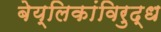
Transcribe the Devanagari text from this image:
बेय्लिकांविरुद्ध